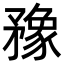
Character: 䂊